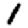
Digit: 1